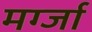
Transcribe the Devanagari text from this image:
मर्ग्जा